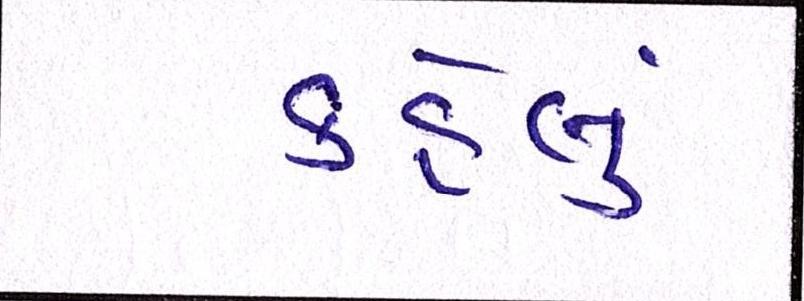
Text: કહેલું